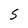
Character: S